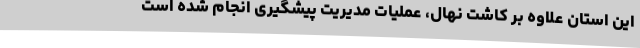
این استان علاوه بر کاشت نهال، عملیات مدیریت پیشگیری انجام شده است